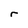
Character: r